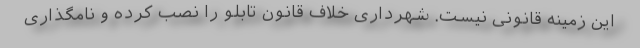
این زمینه قانونی نیست. شهرداری خلاف قانون تابلو را نصب کرده و نامگذاری